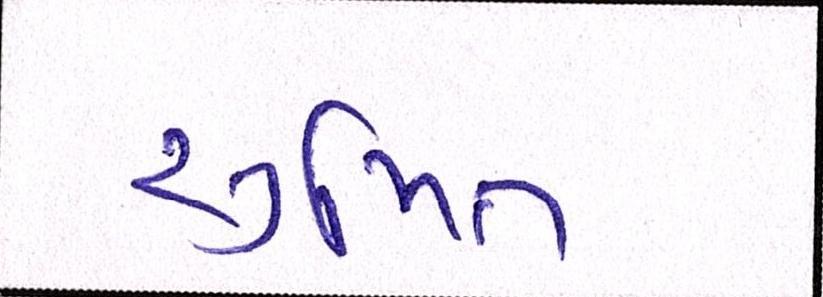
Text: સુમિત